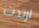
ارتدت